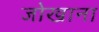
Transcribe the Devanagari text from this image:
जोखाना